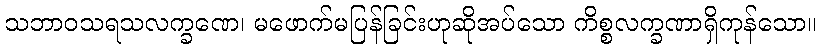
သဘာဝသရသလက္ခဏေ၊ မဖောက်မပြန်ခြင်းဟုဆိုအပ်သော ကိစ္စလက္ခဏာရှိကုန်သော။